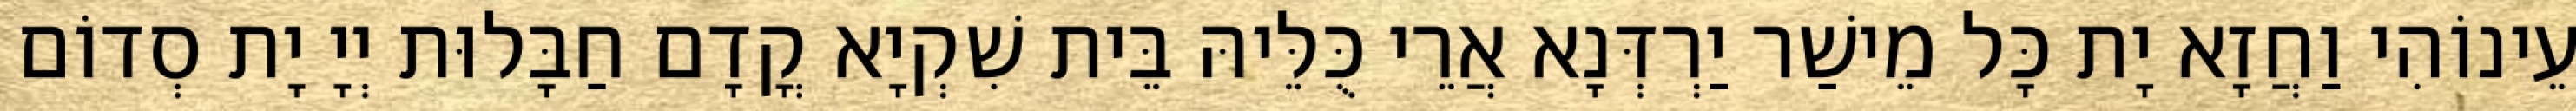
עֵינוֹהִי וַחֲזָא יָת כָּל מֵישַׁר יַרְדְּנָא אֲרֵי כֻּלֵּיהּ בֵּית שִׁקְיָא קֳדָם חַבָּלוּת יְיָ יָת סְדוֹם